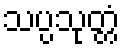
သပ္ပသုတ္တံ